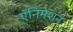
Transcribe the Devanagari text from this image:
ऍनिमेशन